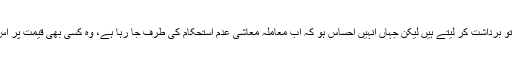
ملک معاشی حالت کی خرابی ایک حد تک تو برداشت کر لیتے ہیں لیکن جہاں انہیں احساس ہو کہ اب معاملہ معاشی عدم استحکام کی طرف جا رہا ہے، وہ کسی بھی قیمت پر اس خرابی کو روکنے کی کوشش کرتے ہیں۔